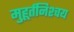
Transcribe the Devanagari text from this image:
मुहूर्तनिश्चय